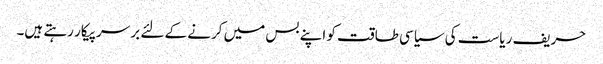
حریف ریاست کی سیاسی طاقت کو اپنے بس میں کرنے کے لئے بر سرپیکار رہتے ہیں۔